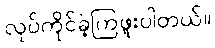
လုပ်ကိုင်ခဲ့ကြဖူးပါတယ်။